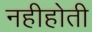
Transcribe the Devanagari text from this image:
नहीहोती